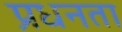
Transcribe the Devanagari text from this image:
प्रधनता